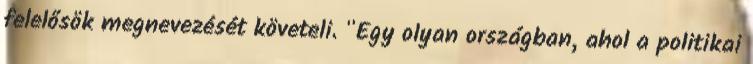
felelősök megnevezését követeli. "Egy olyan országban, ahol a politikai